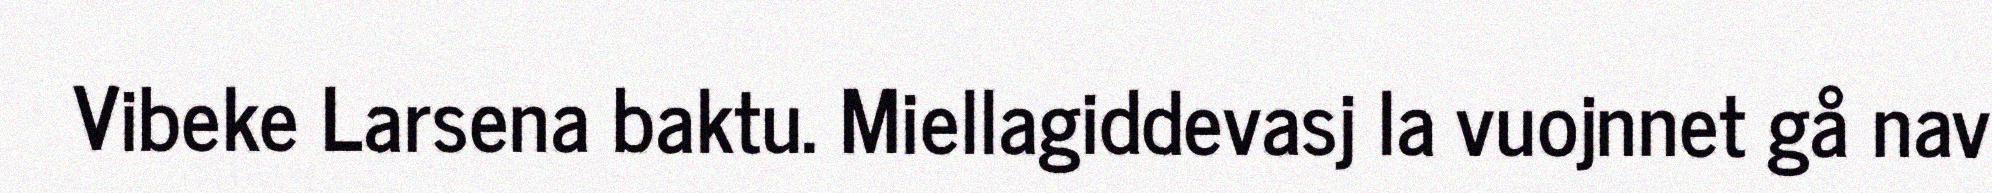
Vibeke Larsena baktu. Miellagiddevasj la vuojnnet gå nav